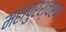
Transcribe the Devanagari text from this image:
महापुरश्चरण